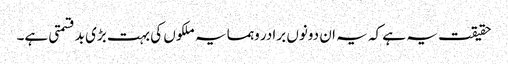
حقیقت یہ ہے کہ یہ ان دونوں برادر وہمسایہ ملکوں کی بہت بڑی بدقسمتی ہے۔